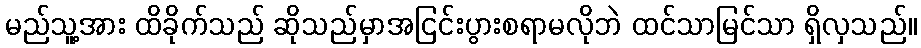
မည်သူ့အား ထိခိုက်သည် ဆိုသည်မှာအငြင်းပွားစရာမလိုဘဲ ထင်သာမြင်သာ ရှိလှသည်။